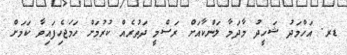
ޑރ. އަހްމަދު ޝަހީދު މާދަމާ ލަންކާއަށް ރަސްމީ ދަތުރެއް ކުރުމަށް ހަމަޖެހިފައިވާ ކަމަށް